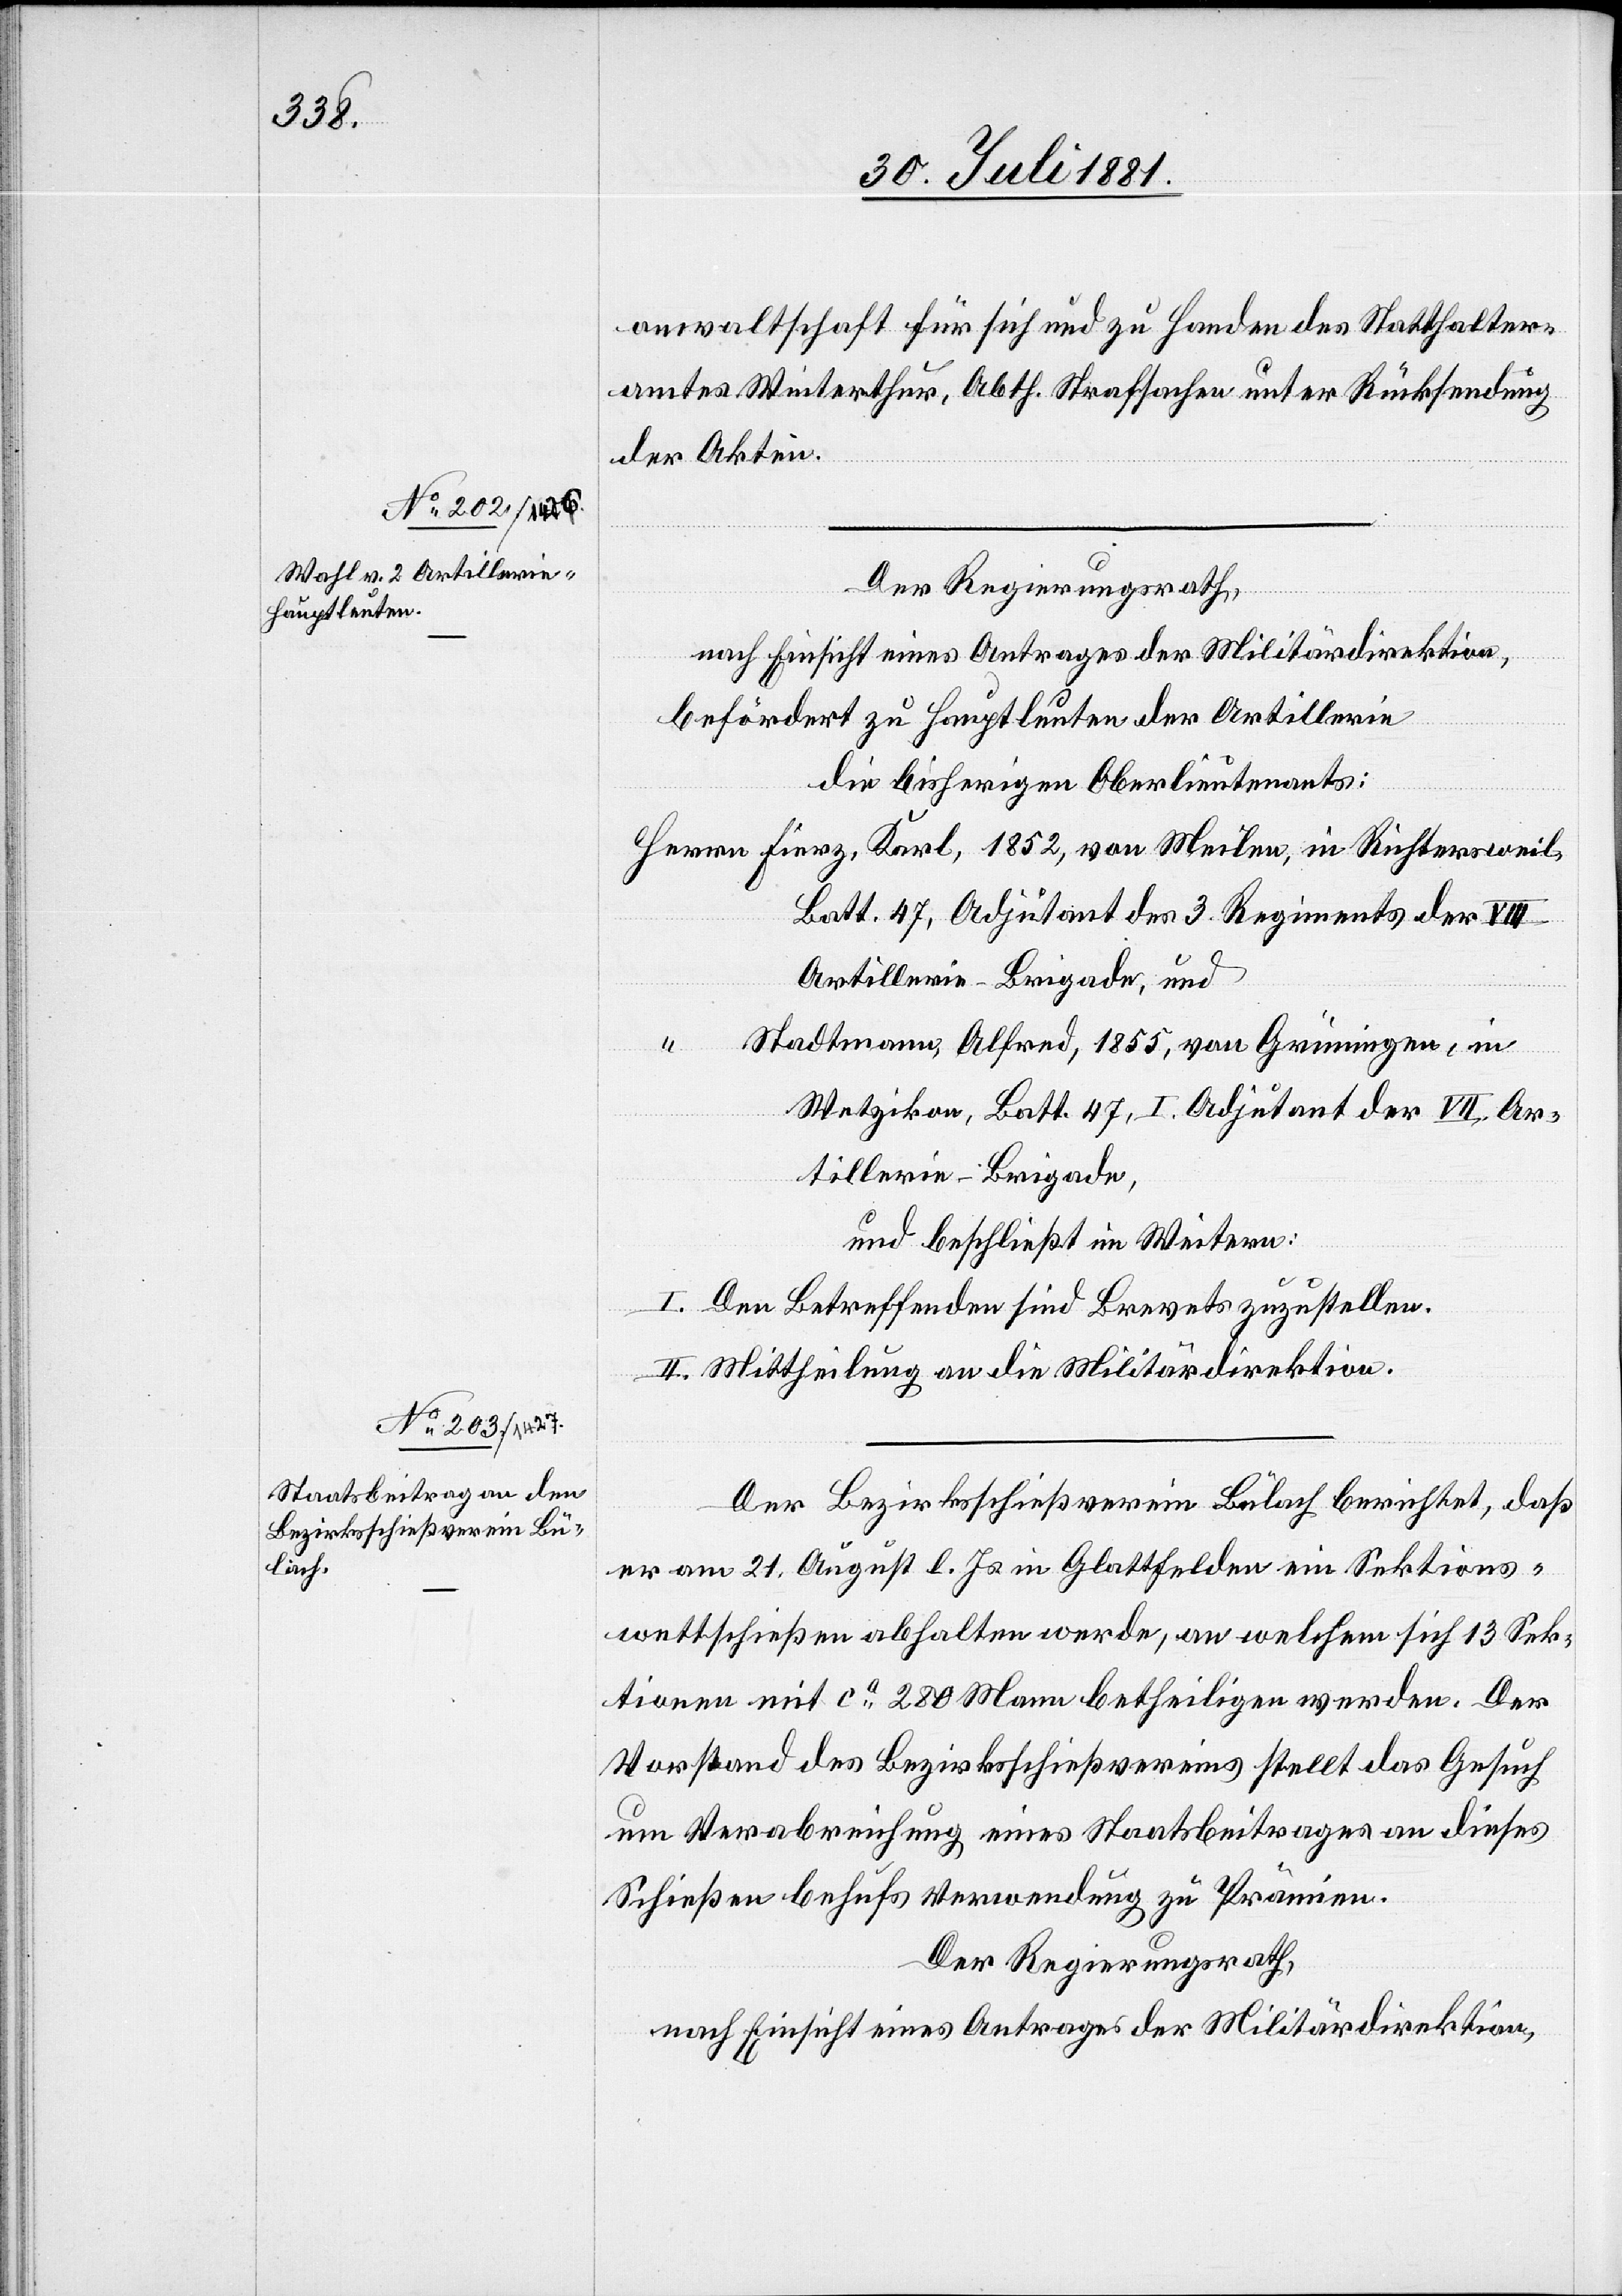
in

anwaltschaft für sich und zu Handen des Statthalter¬
amtes Winterthur, Abth. Strafsachen unter Rücksendung
der Akten.
Der Regierungsrath,
nach Einsicht eines Antrages der Militärdirektion,
befördert zu Hauptleuten der Artillerie
die bisherigen Oberlieutnants:
Batt. 47, Adjutant des 3. Regiments der VIII.
Artillerie-Brigade und
Stadtmann, Alfred, 1855, von Grüningen, in
Wetzikon, Batt. 47, I. Adjutant der VII. Ar¬
tillerie-Brigade,
und beschließt im Weitern:
I. Den Betreffenden sind Brevets zuzustellen.
II. Mittheilung an die Militärdirektion.
Der Bezirksschießverein Bülach berichtet, daß
er am 21. August l. Js. in Glattfelden ein Sektions¬
wettschießen abhalten werde, an welchem sich 13 Sek¬
tionen mit ca 280 Mann betheiligen werden. Der
Vorstand des Bezirksschießvereins stellt das Gesuch
um Verabreichung eines Staatsbeitrages an dieses
Schießen behufs Verwendung zu Prämien.
Der Regierungsrath,
nach Einsicht eines Antrages der Militärdirektion,